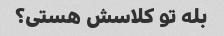
بله تو کلاسش هستی؟